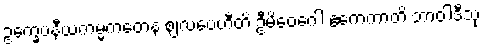
ဥက္ခေပနီယကမ္မကတေန ဈလပေဟီတိ ဦမိဝေဂေါ ဧကေကာတိ ဘာဝါဒီသု